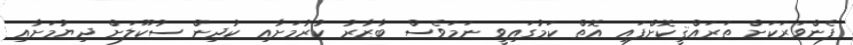
ފެންވަރަކަށް ތަރައްޤީކޮށްފައި އޮތް ކަމުގައިވީ ނަމަވެސް ބާޒާރު ކުރުމަށާއި ކުދިން ސުކޫލަށް ދިޔުމަށާއި